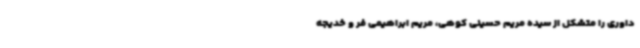
داوری را متشکل از سیده مریم حسینی کوهی، مریم ابراهیمی فر و خدیجه